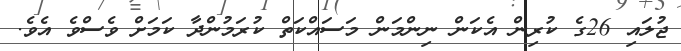
ޖުލައި 26ގެ ކުރިން އެކަން ނިންމަން މަސައްކަތް ކުރަމުންދާ ކަމަށް ވެސްވެ އެވެ.